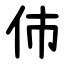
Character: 伂